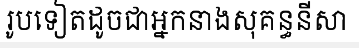
រូបទៀតដូចជាអ្នកនាងសុគន្ធនីសា